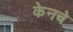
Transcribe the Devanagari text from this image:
केनचे